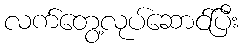
လက်တွေ့လုပ်ဆောင်ပြီး